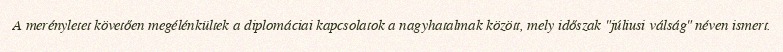
A merényletet követően megélénkültek a diplomáciai kapcsolatok a nagyhatalmak között, mely időszak "júliusi válság" néven ismert.